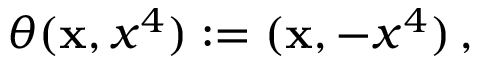
\theta ( { \bf x } , x ^ { 4 } ) : = ( { \bf x } , - x ^ { 4 } ) \, ,